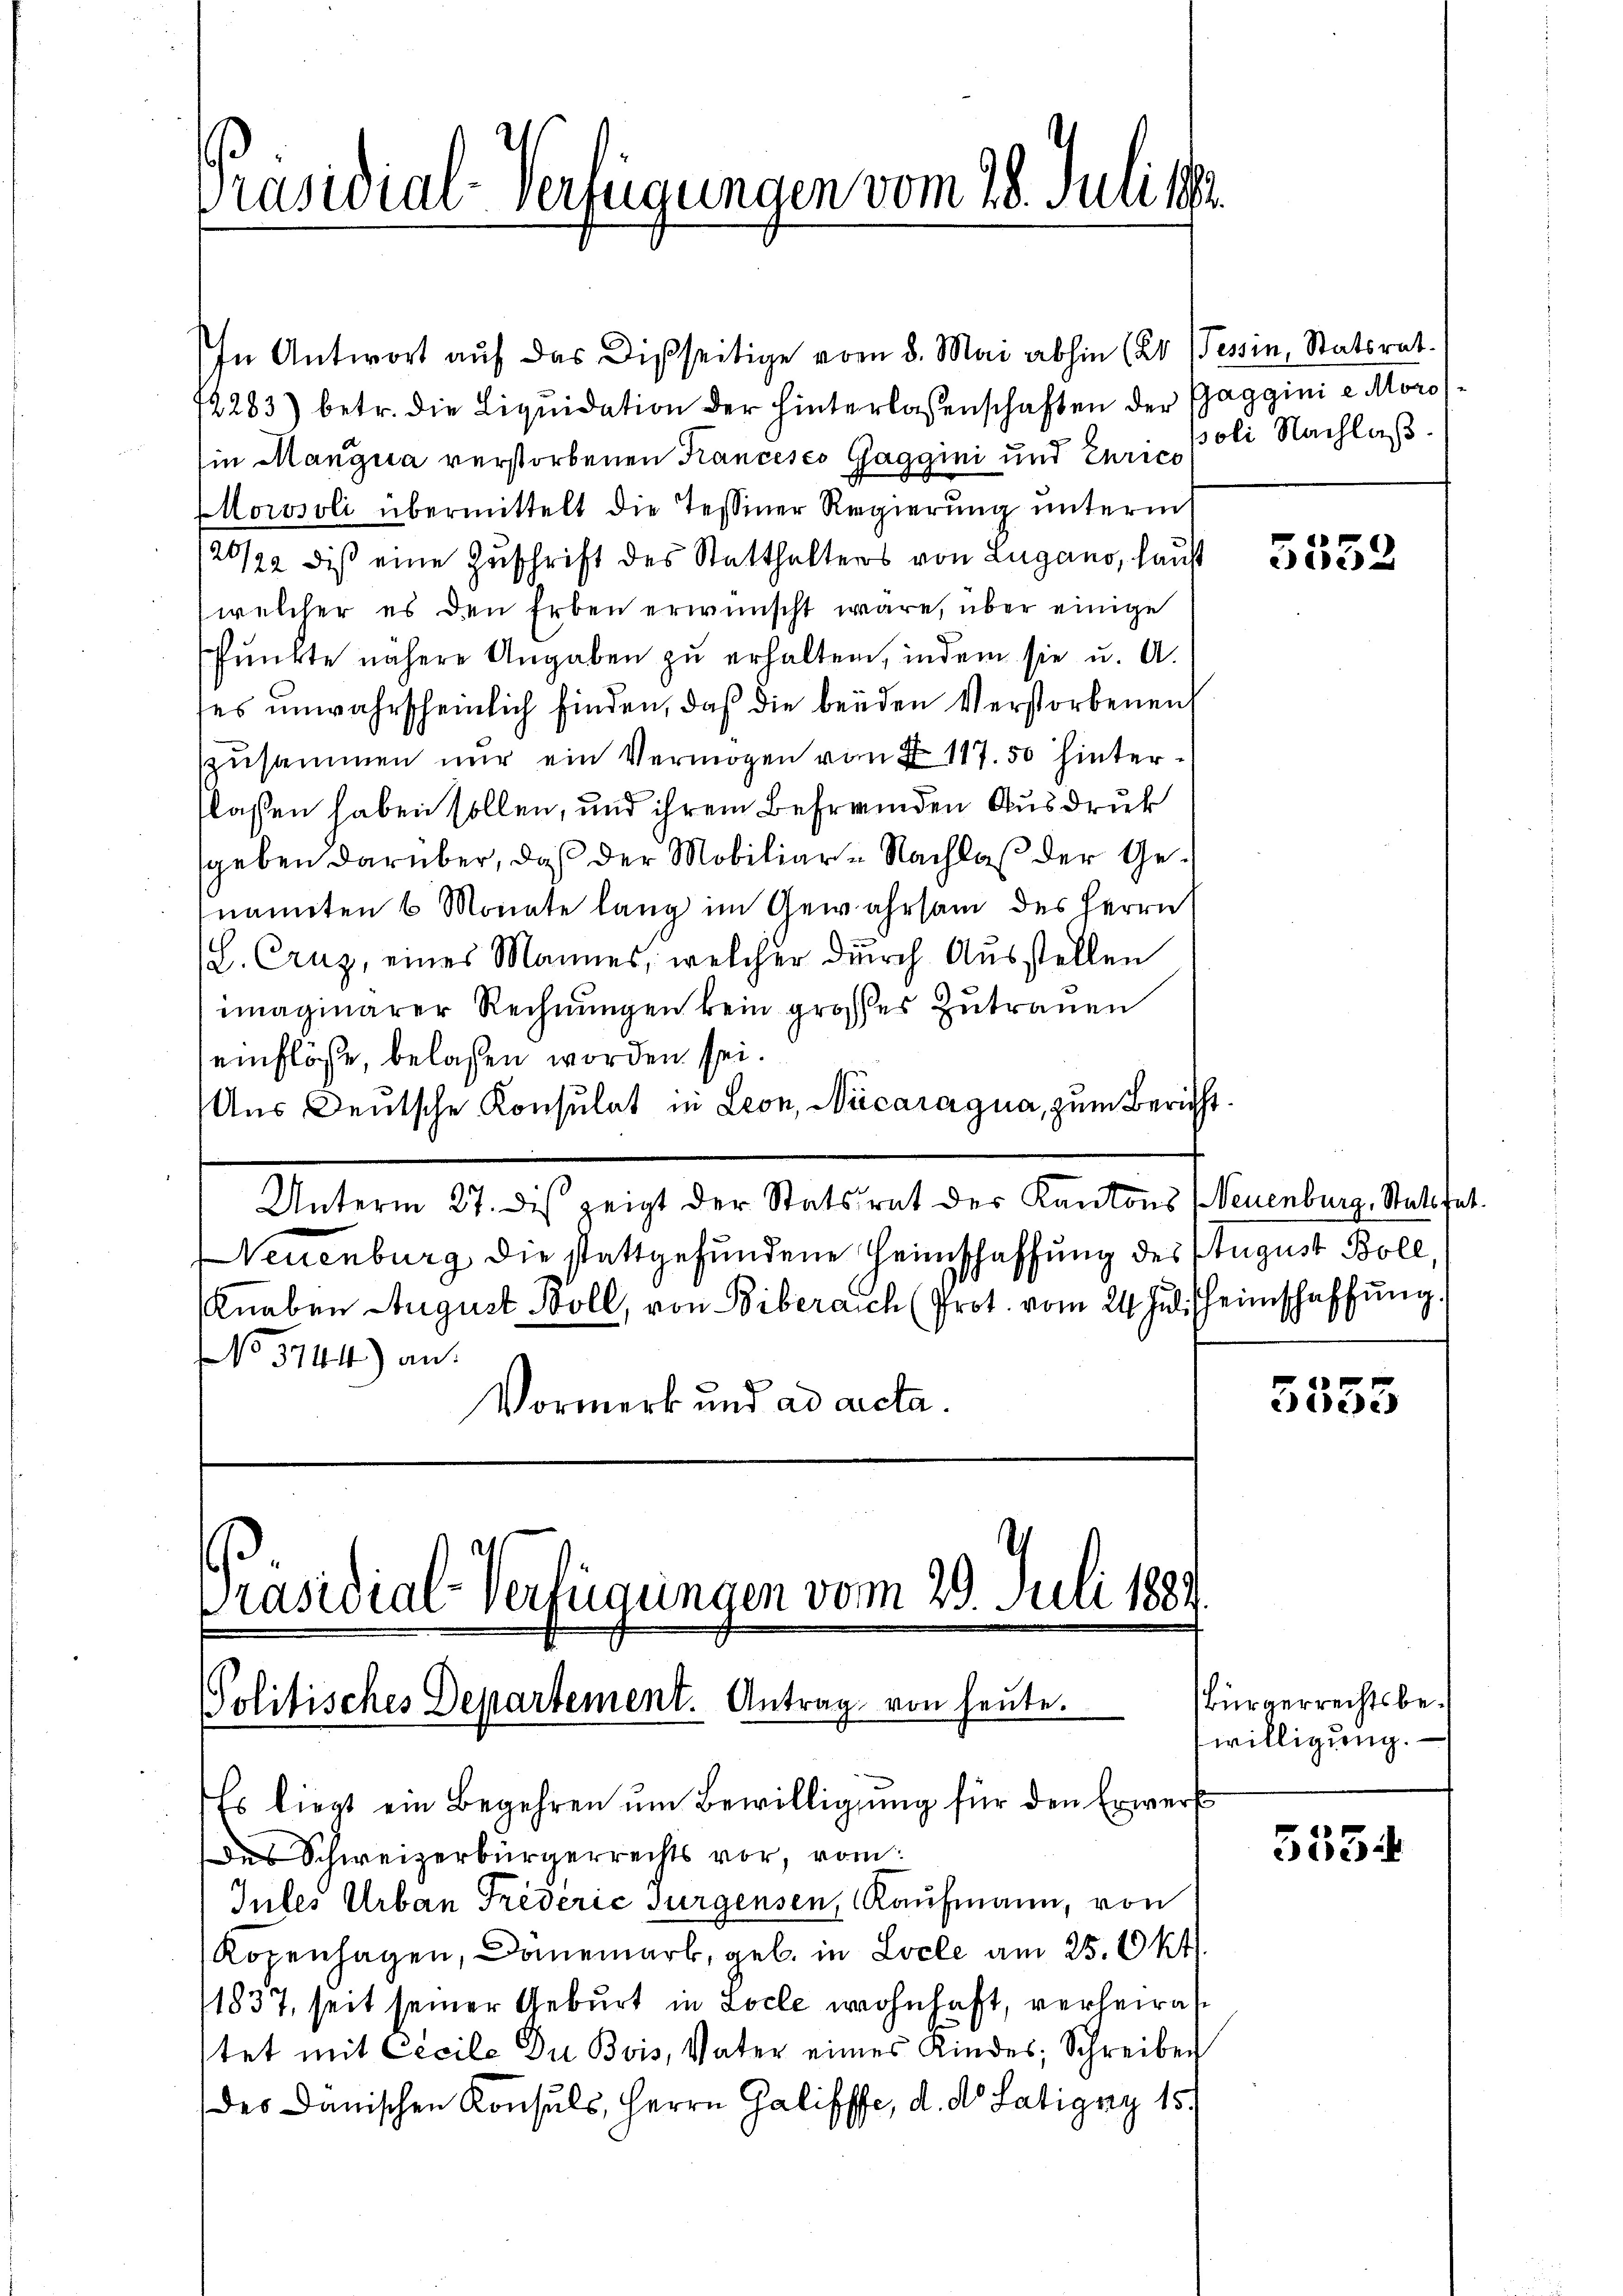
Präsidial-Verfügungen vom 28. Juli d

In Antwort auf das Disseitige vom 8. Mai abhin (20. Tessin, Statsrat.
72283) betr. die Liqŭidation der hinterlassenschaften der Gaggini e Moros
in Mangua verstorbenen Krancesco Gaggini und Eurice poli Nachlaß¬
Morosoli übermittelt die Tessiner Regierung unterm
20/22 diß eine Zuschrift des Statthalters von Lugano, haus
(welcher es den Erben erwünscht wäre, über einige
Punkte nähere Angaben zu erhalten, indem sie u. A.
ses unwahrscheinlich finden, daß die beiden Verstorbenen
zusammen nur ein Vermögen von § 117. 50 hinterlassen haben sollen, und ihrem Befreunden Ausdruck
sgeben darüber, daß der Mobiliar- Nachlaß der Genannten 6 Monate lang im Gewahrsam des Herrn
(L. Craz, eines Mannes, welcher durch Ausstellen
imaginärer Rechnungen kein grosses Zutrauen
einflösse, belassen worden sei.
Aus Deutsche Konsulat in Leon, Nicaragua, zum Bericht.
Unterm 27. des zeigt der Statsrat der Kantons (Neuenburg, Statt hat.
Neuenburg die stattgefundene Heimschaffung des August Boll,
Knaben August Boll, von Biberaich (Prot. vom 24. Jul. Heimschaffung.
No 5744) an:
Vormerk und ad acta.

Präsidial-Verfügungen vom 29. Juli 188
Politisches Departement. Antrag von heute.

Es liegt ein Begehren um Bewilligung für den Erwerf
des Schweizerbürgerrechts vor, vom
Iules Urban Triderić Turgensen, Kaufmann, von
Kopenhagen, Danemark, geb. in Locle am 25. Okt.
1837, seit seiner Geburt in Loche wohnhaft, verheirate
tet mit Cicile Du Bois, Vater eines Kindes; Schreiben
des Danischen Konsuls, Herrn Galifffe, d. d. Satigen 15.

7
3052

3553

Bürgerrechtsbewilligung.

5554